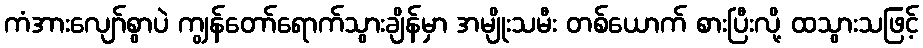
ကံအားလျော်စွာပဲ ကျွန်တော်ရောက်သွားချိန်မှာ အမျိုးသမီး တစ်ယောက် စားပြီးလို့ ထသွားသဖြင့်